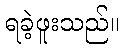
ရခဲ့ဖူးသည်။